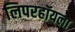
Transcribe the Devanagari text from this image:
लिपरहॉयला